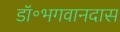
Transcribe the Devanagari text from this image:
डॉ॰भगवानदास